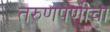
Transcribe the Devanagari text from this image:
तरुणपणीचा